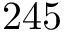
2 4 5